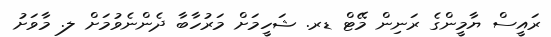
ރައީސް ޔާމީންގެ ރަނިން މޭޓް ޑރ. ޝަހީމަށް މަރުހާބާ ދެންނެވުމަށް ލ. މާވަށު